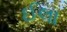
ઈલા